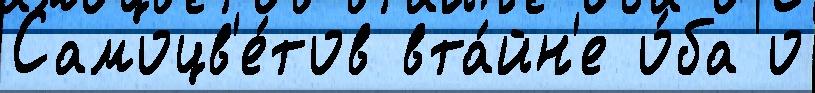
Самоцв'е́тов вта́йн'е о́ба о